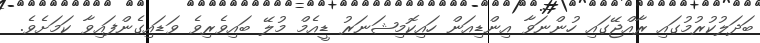
ބަދަލުކުރުމުގައި ރާއްޖޭގައި ހުންނަވާ އިންޑިއަން ހައިކޮމިޝަނަރު ޑީއެމް މުލޭ ބައިވެރިވެ ވަޑައިގެންފައިވާ ކަމަށެވެ.